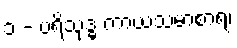
၁ - ပရိသုဒ္ဓ ကာယသမာစာရ၊